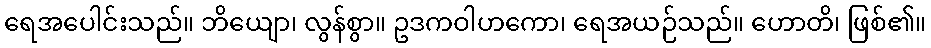
ရေအပေါင်းသည်။ ဘိယျော၊ လွန်စွာ။ ဥဒကဝါဟကော၊ ရေအယဉ်သည်။ ဟောတိ၊ ဖြစ်၏။